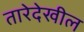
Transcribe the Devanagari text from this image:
तारेदेखील